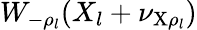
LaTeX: W_{-\rho_{l}}(X_{l}+\nu_{\mathrm{X}\rho_{l}})